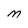
Character: M